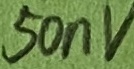
Text: 50nN